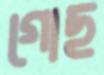
গোছ